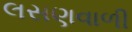
લસણવાળી